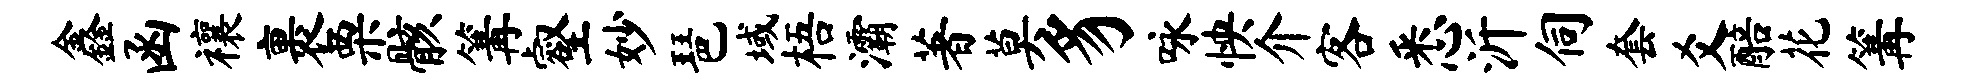
鑫函禳裹栗骸篝壑妙琶域梧灞著莫豸咏怏介客悉沂伺套爻醅花篝